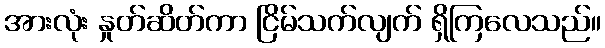
အားလုံး နှုတ်ဆိတ်ကာ ငြိမ်သက်လျက် ရှိကြလေသည်။